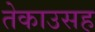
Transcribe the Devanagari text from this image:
तेकाउसह